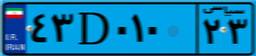
۴۳D۰۱۰۲۳